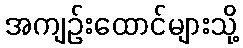
အကျဉ်းထောင်များသို့